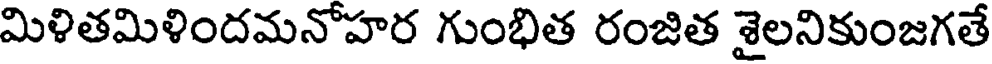
మిళితమిళిందమనోహర గుంభిత రంజిత శైలనికుంజగతే